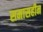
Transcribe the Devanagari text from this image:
समासहीन